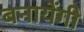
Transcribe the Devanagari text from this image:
बनायेंगी